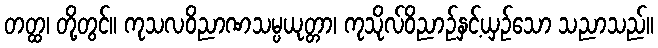
တတ္ထ၊ တို့တွင်။ ကုသလဝိညာဏသမ္ပယုတ္တာ၊ ကုသိုလ်ဝိညာဉ်နှင့်ယှဉ်သော သညာသည်။